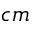
c m